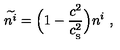
\widetilde { n ^ { i } } = \Big ( 1 - { \frac { c ^ { 2 } } { c _ { _ \mathrm { S } } ^ { 2 } } } \Big ) n ^ { i } \ ,